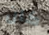
كان